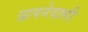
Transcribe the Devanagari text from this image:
छापनेवाली